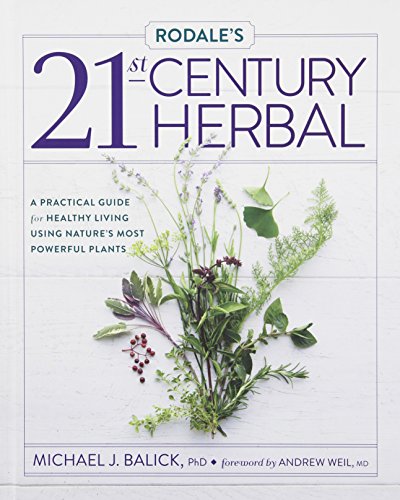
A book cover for Rodale's 21st-Century Herbal: A Practical Guide for Healthy Living Using Nature's Most Powerful Plants; Michael Balick; Crafts, Hobbies & Home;